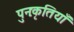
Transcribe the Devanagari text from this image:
पुनःकृतियाँ